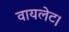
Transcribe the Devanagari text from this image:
वायलेट।